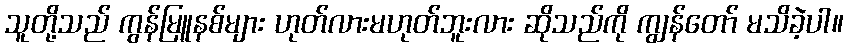
သူတို့သည် ကွန်မြူနစ်များ ဟုတ်လားမဟုတ်ဘူးလား ဆိုသည်ကို ကျွန်တော် မသိခဲ့ပါ။